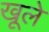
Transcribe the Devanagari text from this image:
खूले